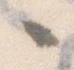
々